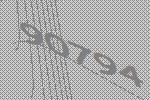
90794